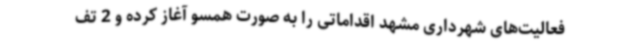
فعالیت‌های شهرداری مشهد اقداماتی را به صورت همسو آغاز کرده و 2 تف